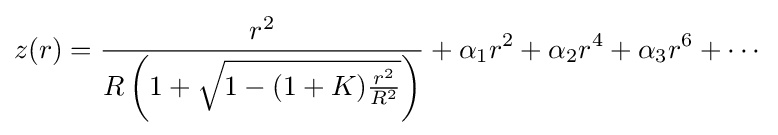
z(r)={\frac {r^{2}}{R\left(1+{\sqrt {1-(1+K){\frac {r^{2}}{R^{2}}}}}\right)}}+\alpha _{1}r^{2}+\alpha _{2}r^{4}+\alpha _{3}r^{6}+\cdots